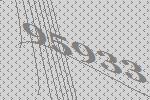
95933